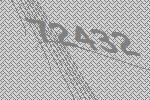
72432